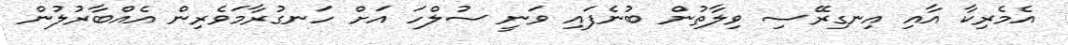
އެމެރިކާ އާއި އިނގިރޭސި ވިލާތުން ބުނެފައި ވަނީ ސުލްހަ އަށް ހަނގުރާމަވެރިން އެއްބާރުލުން